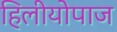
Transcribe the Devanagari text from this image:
हिलीयोपाज